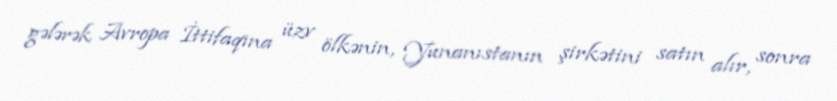
gələrək Avropa İttifaqına üzv ölkənin, Yunanıstanın şirkətini satın alır, sonra